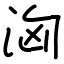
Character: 洶